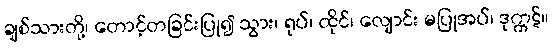
ချစ်သားတို့၊ တောင့်တခြင်းပြု၍ သွား၊ ရုပ်၊ ထိုင်၊ လျောင်း မပြုအပ်၊ ဒုက္ကဋ်။